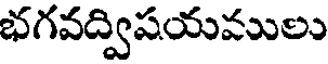
భగవద్విషయములు